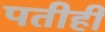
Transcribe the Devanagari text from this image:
पतीही